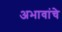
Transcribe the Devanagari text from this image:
अभावांचे